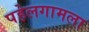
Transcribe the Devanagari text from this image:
पहेलगामला